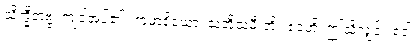
သိက္ခိတဗ္ဗံ၊ ကျင့်အပ်၏။ ကုမာရိယော၊ သတို့သမီးတို့။ ဧဝံဟိ၊ ဤသို့လျှင်။ ဝေါ၊